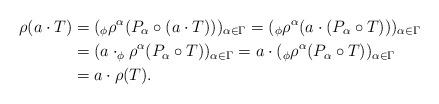
LaTeX: \begin{align*}\rho(a\cdot T)&=(_{\phi}\rho^{\alpha}(P_{\alpha}\circ (a\cdot T)))_{\alpha\in \Gamma}=(_{\phi}\rho^{\alpha}(a\cdot(P_{\alpha}\circ T)))_{\alpha\in \Gamma}\\&=(a\cdot_{\phi}\rho^{\alpha}(P_{\alpha}\circ T))_{\alpha\in \Gamma}=a\cdot(_{\phi}\rho^{\alpha}(P_{\alpha}\circ T))_{\alpha\in \Gamma}\\&=a\cdot\rho(T).\end{align*}